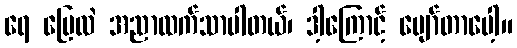
ရေ မြေလဲ အညာထက်သာပါတယ်၊ ဒါ့ကြောင့် ပျော်တာပေါ့။